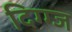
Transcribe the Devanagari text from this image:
दिग्ग्ज